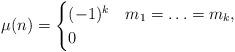
LaTeX: \begin{align*}\mu(n) = \begin{cases}(-1)^k & m_1 = \ldots = m_k, \\0 & \end{cases}\end{align*}